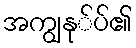
အကျွနု်ပ်၏